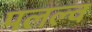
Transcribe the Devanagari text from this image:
पलल्व